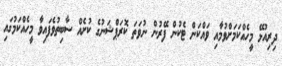
ދިރިއުޅޭ މީހެއްކަމަށްވުމާއި ވައްކަން ޓެކުން ފޭރުން ނުވަތަ ކޮރަޕްޝަނުގެ ކުށެއް ސާބިތުވެފައިވާ މީހެއްކަމުގައި